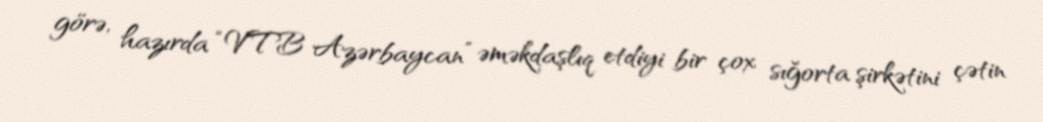
görə, hazırda “VTB Azərbaycan” əməkdaşlıq etdiyi bir çox sığorta şirkətini çətin